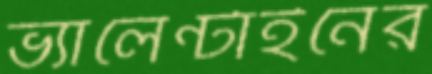
ভ্যালেন্টাইনের